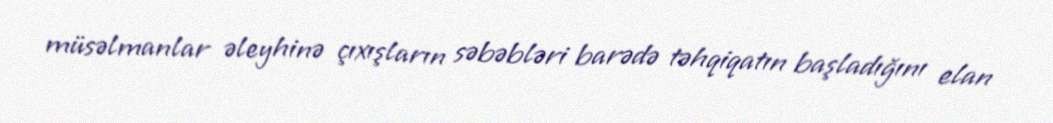
müsəlmanlar əleyhinə çıxışların səbəbləri barədə təhqiqatın başladığını elan